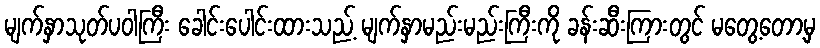
မျက်နှာသုတ်ပဝါကြီး ခေါင်းပေါင်းထားသည့် မျက်နှာမည်းမည်းကြီးကို ခန်းဆီးကြားတွင် မတွေ့တော့မှ